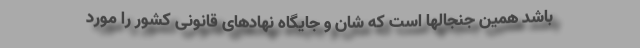
باشد همین جنجالها است که شان و جایگاه نهادهای قانونی کشور را مورد